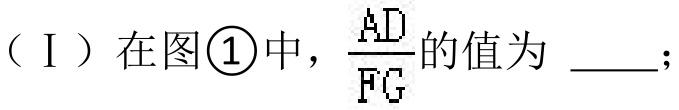
（Ⅰ）在图\textcircled{1}中，\(\frac{AD}{FG}\)的值为 \underline{\qquad}；